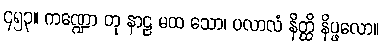
၄၅၃။ ကဏ္ဍော တု နာဠ မထ သော၊ ပလာလံ နိတ္ထိ နိပ္ဖလော။